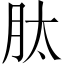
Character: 肽